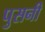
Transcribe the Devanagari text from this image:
पुसनी